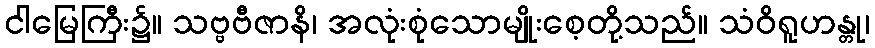
ငါမြေကြီး၌။ သဗ္ဗဗီဇာနိ၊ အလုံးစုံသောမျိုးစေ့တို့သည်။ သံဝိရူဟန္တု၊